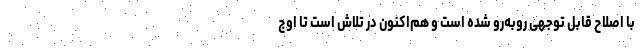
با اصلاح قابل توجهی روبه‌رو شده است و هم‌اکنون در تلاش است تا اوج